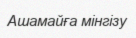
Ашамайға мінгізу